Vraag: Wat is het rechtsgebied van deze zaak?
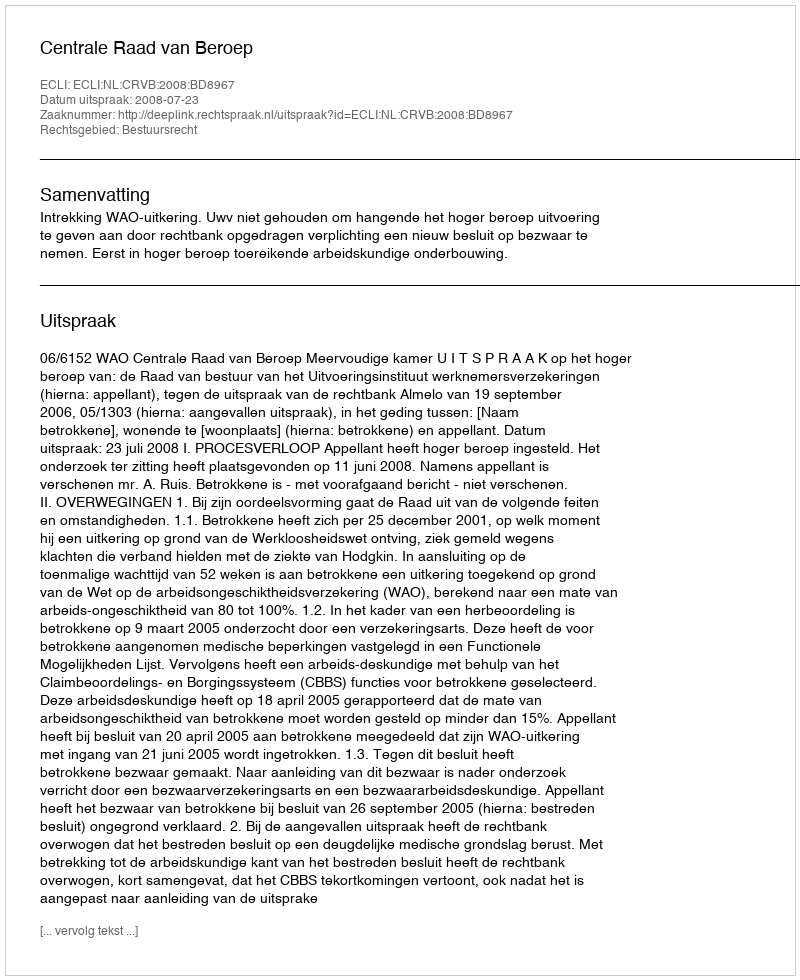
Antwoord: Bestuursrecht